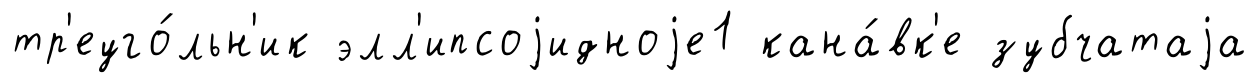
тр'еуго́льн'ик элл'ипсоjидноjе1 кана́вк'е зубчатаjа